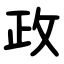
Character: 政